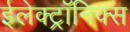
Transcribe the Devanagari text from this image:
ईलेक्ट्रॉनिक्स